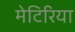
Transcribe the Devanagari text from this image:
मेटिरिया